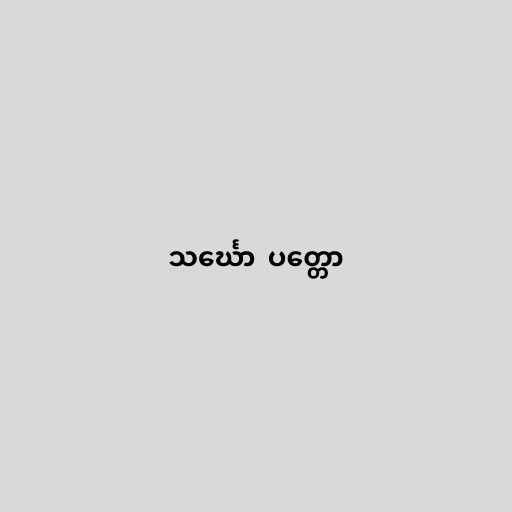
သင်္ဃော  ပတ္တော